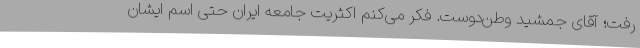
رفت؛ آقای جمشید وطن‌دوست. فکر می‌کنم اکثریت جامعه ایران حتی اسم ایشان